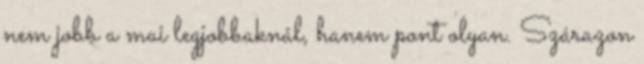
nem jobb a mai legjobbaknál, hanem pont olyan. Szárazon